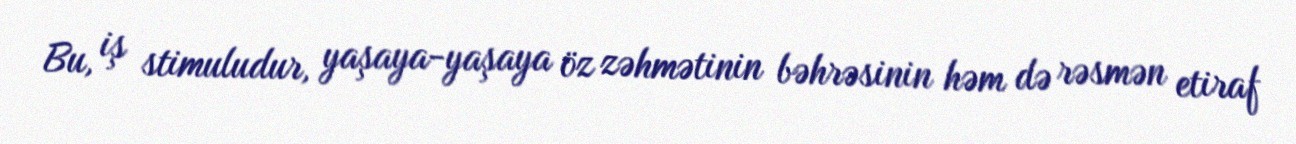
Bu, iş stimuludur, yaşaya-yaşaya öz zəhmətinin bəhrəsinin həm də rəsmən etiraf